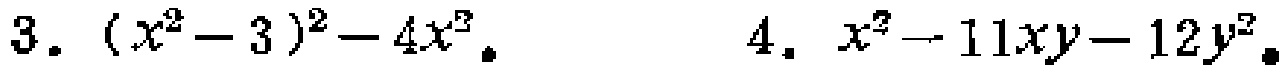
3. \((x^{2}-3)^{2}-4x^{2}\)
4. \(x^{2}-11xy - 12y^{2}\)